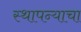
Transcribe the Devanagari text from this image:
स्थापन्याचा